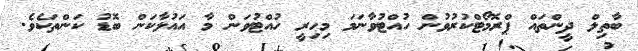
ބާތިލް ދީންތައް ޕްރޮމޯޓްކުރުވުން ހުއްޓުވާނަމަ މިހިރީ ހުއްޓުވަން މާ އައުލާކަން ބޮޑު ކަންތަކެވެ.